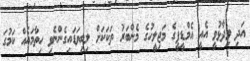
އަދި ވިދާޅުވީ އެއީ އެމްޑީޕީގެ މަޖިލީހުގެ މެންބަރު ތަކަކަށް ލިބިވަޑައިގެންނެވި ހިތާމައެއް ކަމުގަ